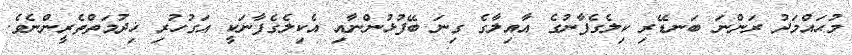
މުޙައްމަދު ރަންނަ ބަނޑޭރި ކިލެގެފާނުގެ އާއިލާގެ ގިނަ ބޭފުޅުންނާއި އެކިލެގެފާނަކީ އަގުހުރި ޚިދުމަތްތެރީންނެވެ.